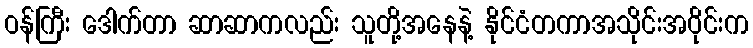
ဝန်ကြီး ဒေါက်တာ ဆာဆာကလည်း သူတို့အနေနဲ့ နိုင်ငံတကာအသိုင်းအဝိုင်းက